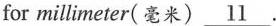
for milli meter(毫米) \underline{11}.